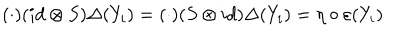
LaTeX: ( \cdot ) ( i d \otimes S ) \Delta ( Y _ { i } ) = ( \cdot ) ( S \otimes i d ) \Delta ( Y _ { i } ) = \eta \circ \varepsilon ( Y _ { i } )